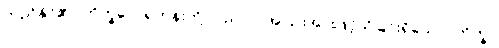
တည်နိုင်၏။ ဘိက္ခဝေ၊ ရဟန်းတို့။ ပည ဝါ၊ အပြားအားဖြင့်သိခြင်းရှိသော။ ဘိက္ခု၊